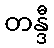
တန္ဒီ